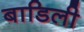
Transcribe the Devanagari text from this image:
बाडिली